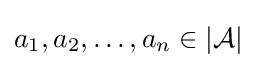
a_{1},a_{2},\dots ,a_{n}\in |{\mathcal {A}}|